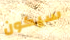
سيكون